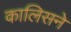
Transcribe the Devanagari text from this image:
कालिसने